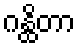
ဂန္ထိတာ